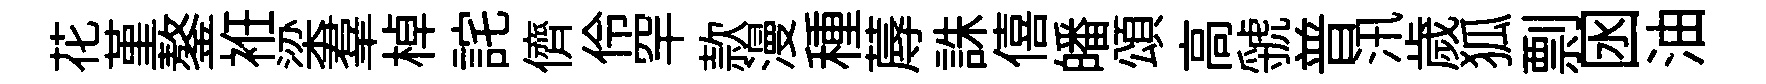
花堇鏊袵梁羣棹詫儕伶罕款漫種蓐誅僖皤頌高虢普汛歲狐剽囦油